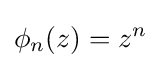
\phi _{n}(z)=z^{n}